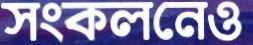
সংকলনেও